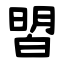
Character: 㿢